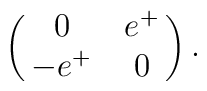
\left(\matrix{ 0 & e^+ \cr -e^+ & 0\cr}\right).